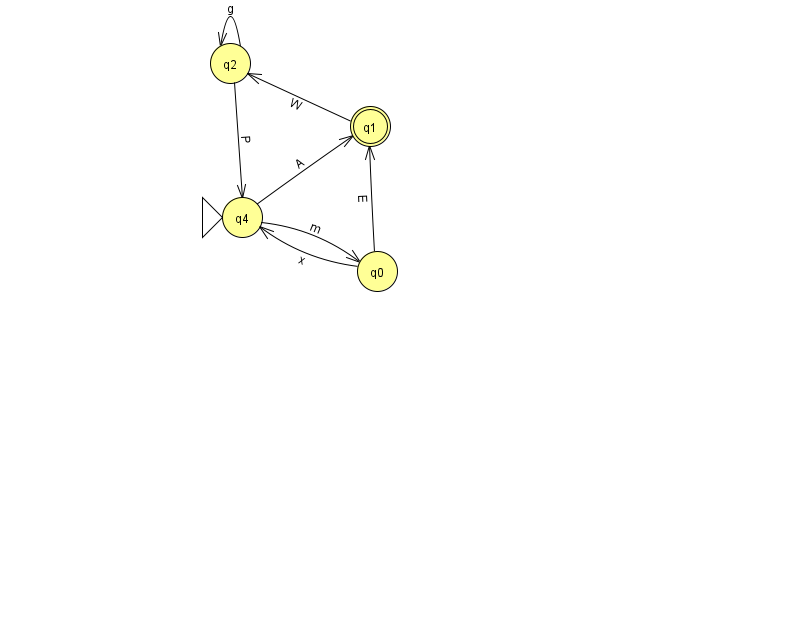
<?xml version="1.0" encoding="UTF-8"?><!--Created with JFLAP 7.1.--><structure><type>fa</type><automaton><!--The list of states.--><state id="0" name="q0"><x>377.0</x><y>258.0</y></state><state id="1" name="q1"><x>370.0</x><y>113.0</y><final/></state><state id="2" name="q2"><x>230.0</x><y>50.0</y></state><state id="4" name="q4"><x>242.0</x><y>204.0</y><initial/></state><!--The list of transitions.--><transition><from>1</from><to>2</to><read>W</read></transition><transition><from>2</from><to>2</to><read>g</read></transition><transition><from>0</from><to>4</to><read>x</read></transition><transition><from>4</from><to>1</to><read>A</read></transition><transition><from>0</from><to>1</to><read>E</read></transition><transition><from>2</from><to>4</to><read>P</read></transition><transition><from>4</from><to>0</to><read>m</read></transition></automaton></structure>